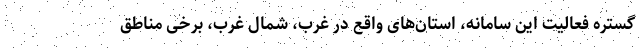
گستره فعالیت این سامانه، استان‌های واقع در غرب، شمال غرب، برخی مناطق